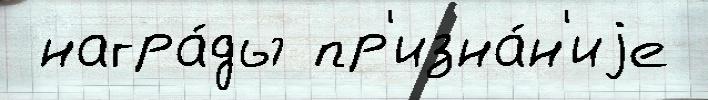
 награ́ды пр'изна́н'иjе